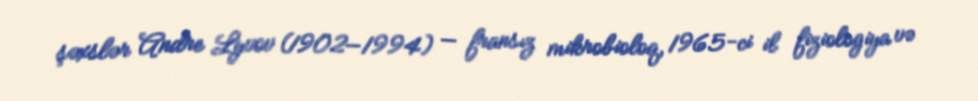
şəxslər Andre Lyvov (1902—1994) — fransız mikrobioloq, 1965-ci il fiziologiya və